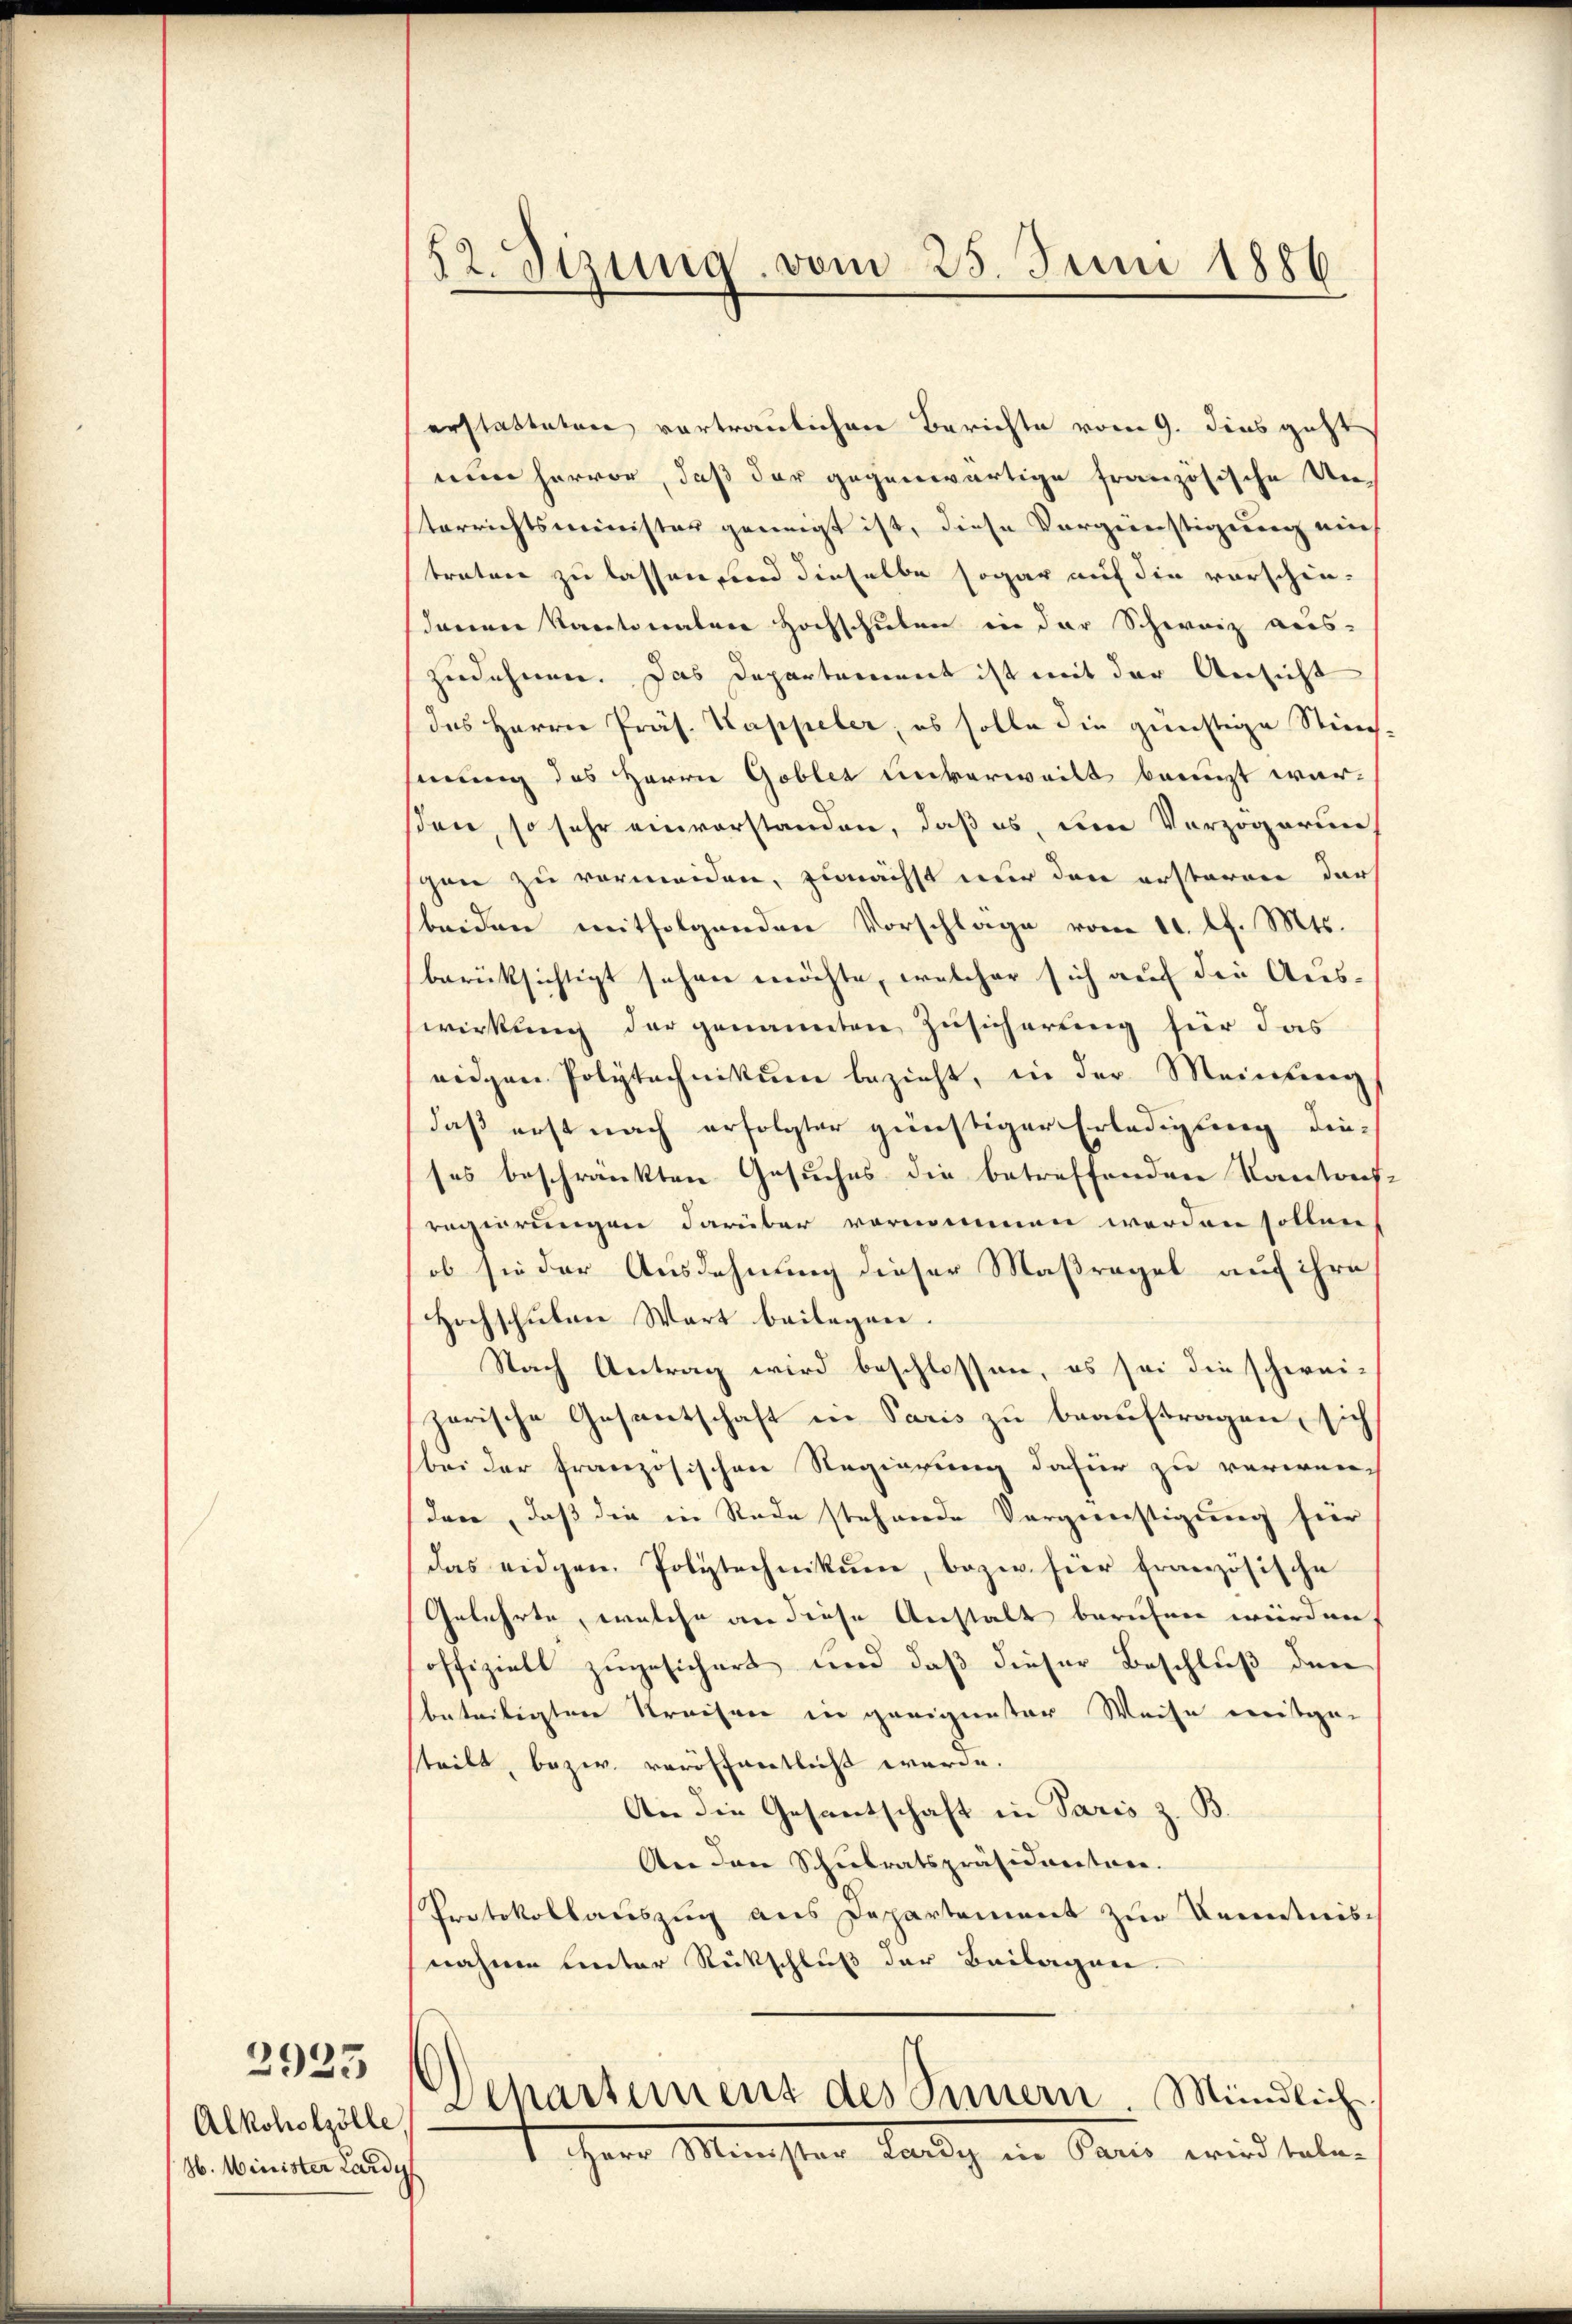
Alkoholzölle,
H. Minister Lardyf

2925

32. Sizung vom 25. Juni 1886

erstatteten vortraulichen Berichte vom 9. dies geht
nun hervor, daß der gegenwärtige französische Unterrichtsminister geneigt ist, diese Vergünstigung ein
traten zu lassen und dieselbe sogar auf die vorschie-
denen Kantonalen Hochschulen in der Schweiz aus-
zudehnen. Das Departement ist mit der Ansicht
des Herrn Präs. Kappeler, es solle die günstige Stim-
mung des Herrn Goblet unverweilt benuzt warsen, so sehr einverstanden, daß es, um Verzögerunschon zu vermeiden, zunächst nur den ersteren der
beiden mitfolgenden Vorschläge vom 11. l. Mts.
berüksichtigt sehen möchte, welcher sich auf die Auswirkung der genannten Zusicherung für das
eiden Polytechnikum bezieht, in der Meinung
daß erst nach erfolgter günstiger Erledigung dieses beschränkten Gesuches die betreffenden Kantons-
regierungen darüber vornommen werden sollen
ob sie der Ausdehnung dieser Maßregel auf ihre
Hochschulen Wart beilagen.
Nach Antrag wird beschlossen, es sei die schwei-
horische Gesantschaft in Paris zu beauftragen, sich
bei der französischen Regierung dafür zu verwanden, daß die in Rede stehende Vergünstigung hier
das eidgen. Polytechnikum, bezw. hier französische
Gelehrte, welche an diese Anstalt berufen würden
offizielt zugesichert und daß dieser Beschluß den
beteiligten Streisen in geeigneter Weise mitgeteilt, bezw. veröffentlich werde.
An die Gesantschaft in Paris z. B.
An den Schulratspräsidenten.
Protokollauszug aus Departement zur Kenntnisnahme leiter Rückschluß der Beilagen.
Departement des Innern. Mündliche
1. Herr Minister Kandig in Dann wird telen